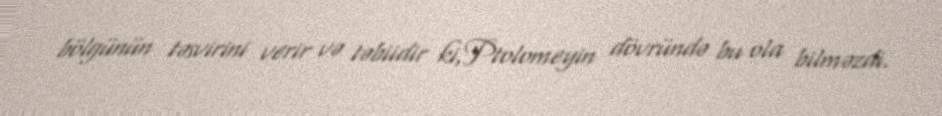
bölgünün təsvirini verir və təbiidir ki,Ptolomeyin dövründə bu ola bilməzdi.